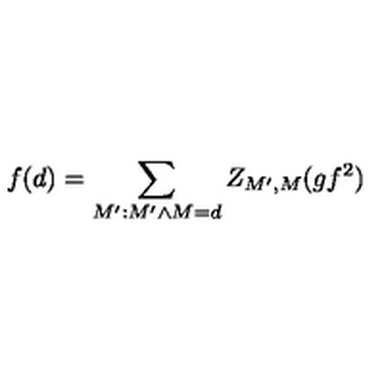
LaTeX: f ( d ) = \sum _ { M ^ { \prime } : M ^ { \prime } \wedge M = d } Z _ { M ^ { \prime } , M } ( g f ^ { 2 } )